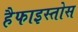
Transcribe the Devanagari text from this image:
हैफाइस्तोस